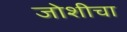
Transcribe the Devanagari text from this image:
जोशीचा